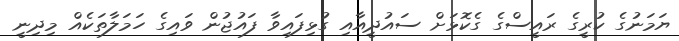
ޔަމަނުގެ ކުރީގެ ރައީސްގެ ގެކޮޅަށް ސައުދީއާއި ގުޅިފައިވާ ފައުޖުން ވައިގެ ހަމަލާތަކެއް މިދިނީ